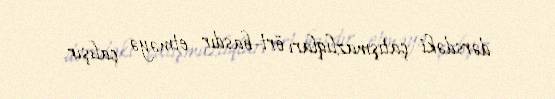
dərsdəki çatışmazlıqları ört-basdır etməyə çalışır.